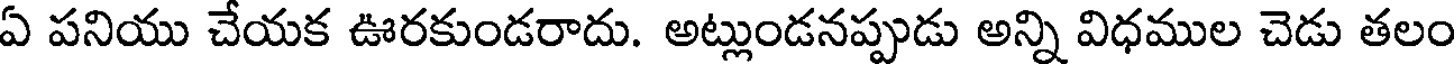
ఏ పనియు చేయక ఊరకుండరాదు. అట్లుండనప్పుడు అన్ని విధముల చెడు తలం